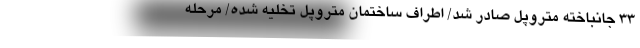
۳۳ جانباخته متروپل صادر شد/ اطراف ساختمان متروپل تخلیه شده/ مرحله